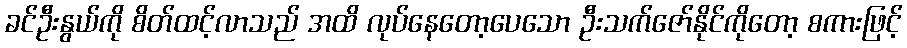
ခင်ဦးနွယ်ကို စိတ်ထင့်လာသည် အထိ လုပ်နေတော့ပေသော ဦးသက်ဇော်နိုင်ကိုတော့ စကားဖြင့်